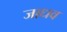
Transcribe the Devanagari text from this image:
जाधव